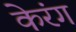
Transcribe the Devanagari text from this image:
केरंग